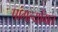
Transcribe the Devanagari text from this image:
पांगर्ल्यागत